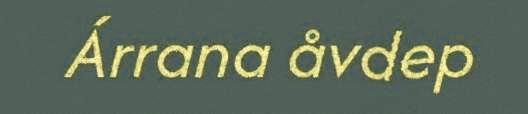
Árrana åvdep